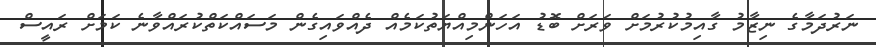
ނަރުދަމާގެ ނިޒާމު ގާއިމުކުރުމަށް ވަރަށް ބޮޑު އަހަންމިއްޔަތުކަމެއް ދެއްވައިގެން މަސައްކަތްކުރައްވާނެ ކަމަށް ރައީސް